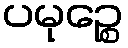
ပမုဉ္စေ